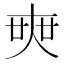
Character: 𡘲